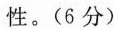
性。（6分 ）